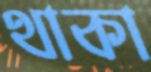
থাকা